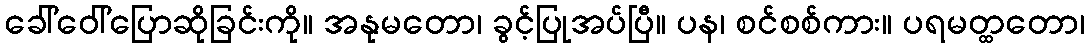
ခေါ်ဝေါ်ပြောဆိုခြင်းကို။ အနုမတော၊ ခွင့်ပြုအပ်ပြီ။ ပန၊ စင်စစ်ကား။ ပရမတ္ထတော၊